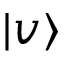
| v \rangle